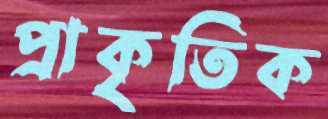
প্রাকৃতিক